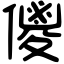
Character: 儍